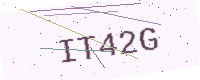
Text: IT42G